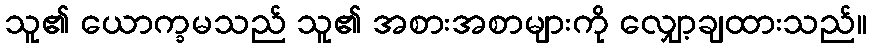
သူ၏ ယောက္ခမသည် သူ၏ အစားအစာများကို လျှော့ချထားသည်။